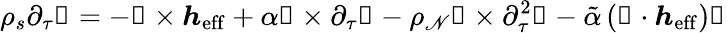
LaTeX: \rho_{s}\partial_{\tau}\boldsymbol{\mathscr{N}}=-\boldsymbol{\mathscr{N}}\times\boldsymbol{h}_{\mathrm{{eff}}}+\alpha\boldsymbol{\mathscr{N}}\times\partial_{\tau}\boldsymbol{\mathscr{N}}-\rho_{\mathscr{N}}\boldsymbol{\mathscr{N}}\times\partial_{\tau}^{2}\boldsymbol{\mathscr{N}}-\tilde{{\alpha}}\left(\boldsymbol{\mathscr{N}}\cdot\boldsymbol{h}_{\mathrm{{eff}}}\right)\boldsymbol{\mathscr{N}}